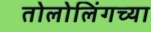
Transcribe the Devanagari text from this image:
तोलोलिंगच्या